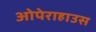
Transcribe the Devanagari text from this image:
ओपेराहाउस